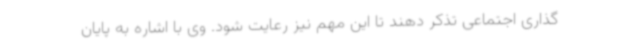
گذاری اجتماعی تذکر دهند تا این مهم نیز رعایت شود. وی با اشاره به پایان